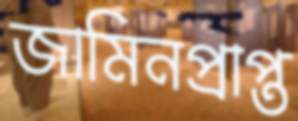
জামিনপ্রাপ্ত